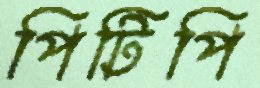
পিটিপি